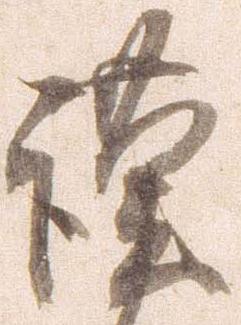
謹